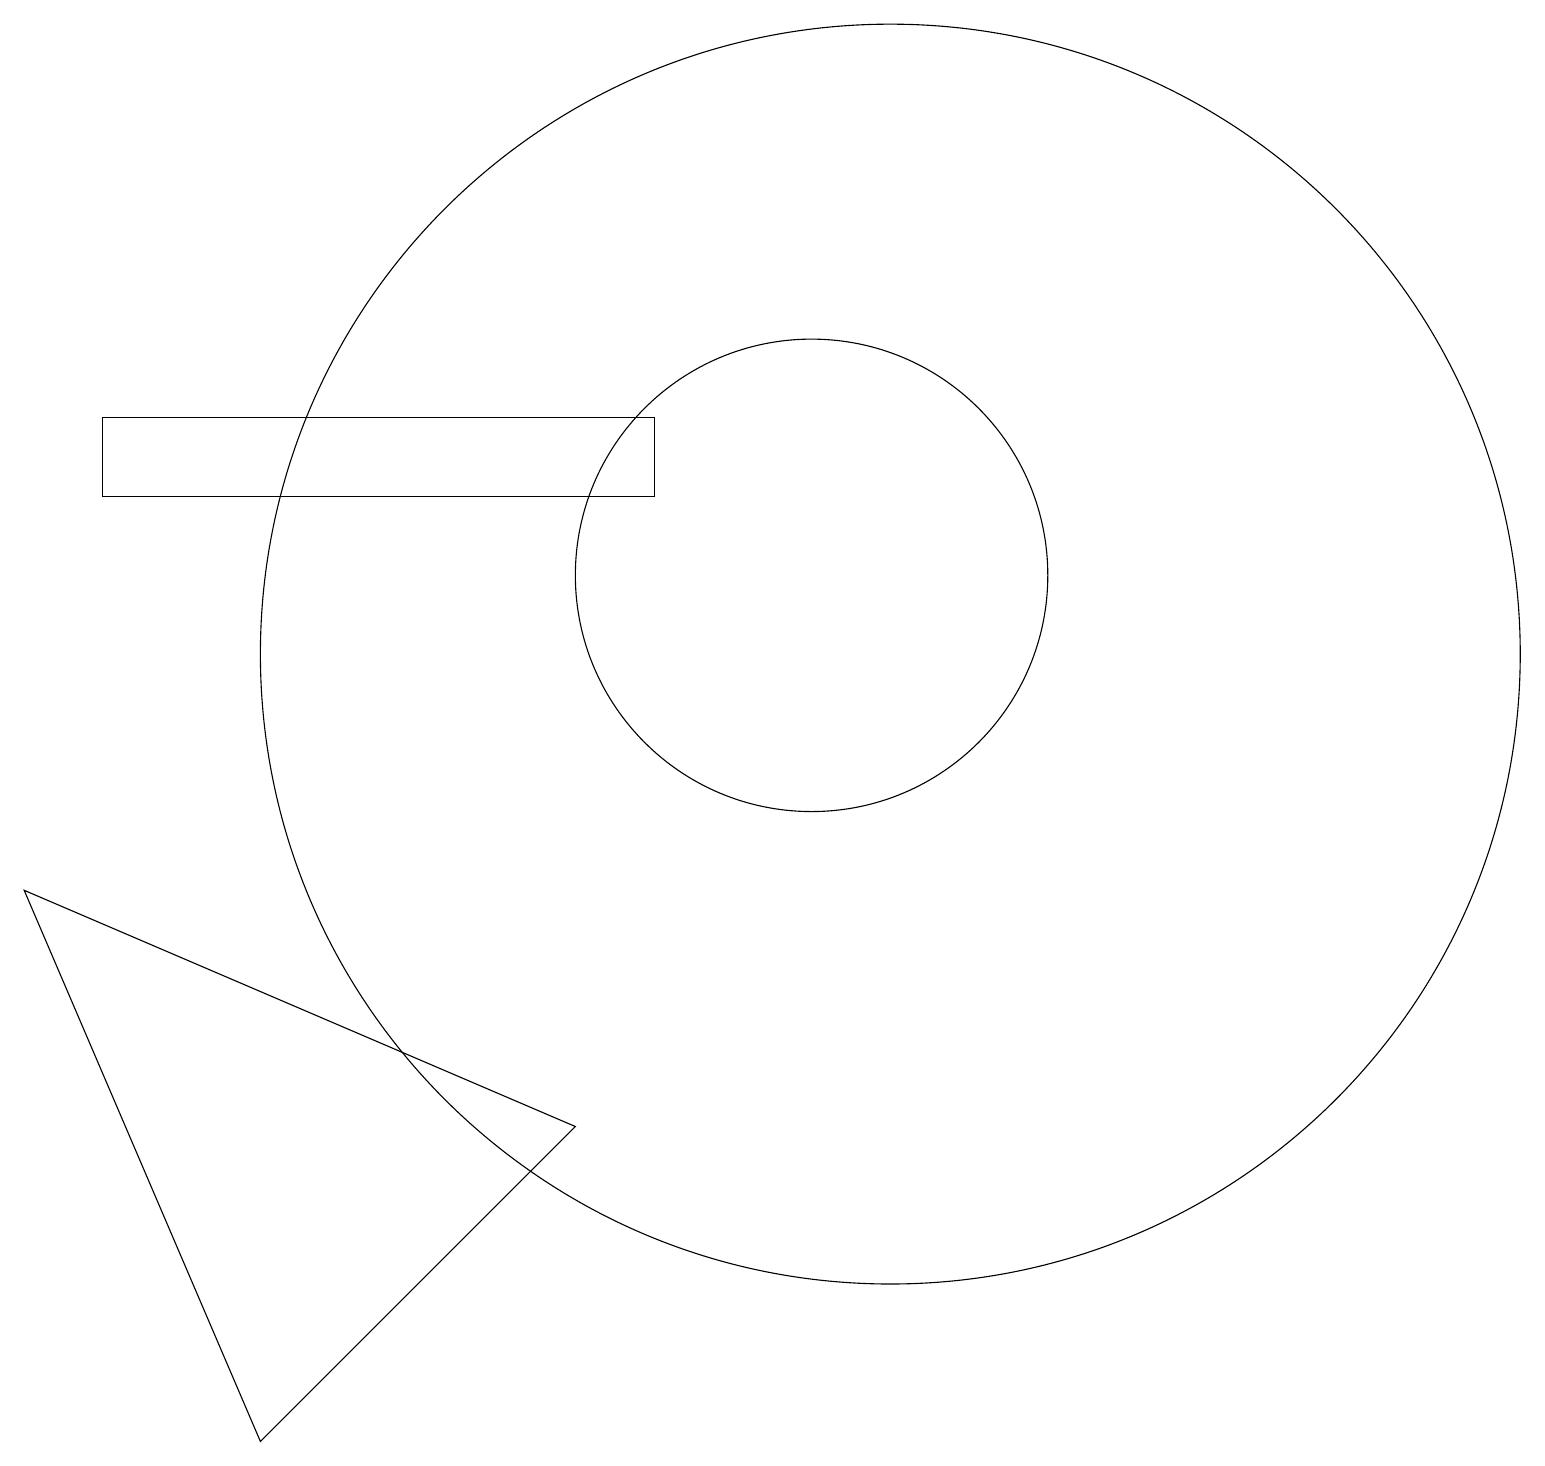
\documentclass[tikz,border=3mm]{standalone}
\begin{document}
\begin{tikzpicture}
\draw (11,10) circle (8);
\draw (1,12) rectangle (8,13);
\draw (3,0) -- (0,7) -- (7,4) -- cycle;
\draw (10,11) circle (3);
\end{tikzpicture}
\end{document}